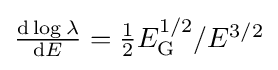
{\textstyle {\operatorname {d} \log \lambda  \over \operatorname {d} \!E}={\tfrac {1}{2}}E_{\rm {G}}^{1/2}/E^{3/2}}